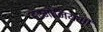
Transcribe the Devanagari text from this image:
हरमोनियमों